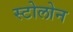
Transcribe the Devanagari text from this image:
स्टोलोन